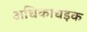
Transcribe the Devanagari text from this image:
अधिकाधइक